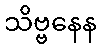
သိဗ္ဗနေန